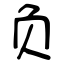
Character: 负